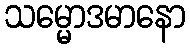
သမ္မောဒမာနော